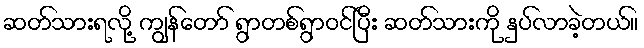
ဆတ်သားရလို့ ကျွန်တော် ရွာတစ်ရွာဝင်ပြီး ဆတ်သားကို နှပ်လာခဲ့တယ်။